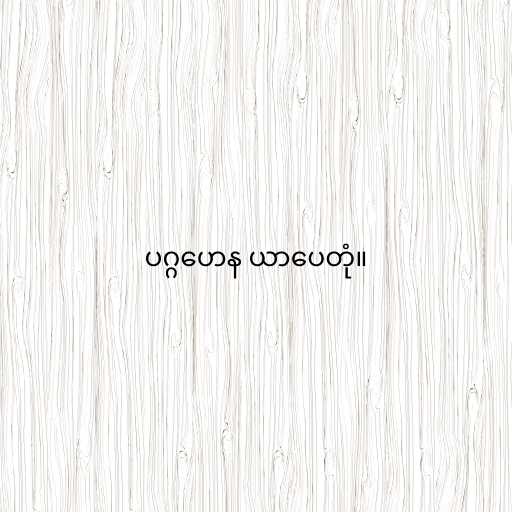
ပဂ္ဂဟေန ယာပေတုံ။